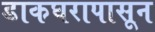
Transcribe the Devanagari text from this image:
डाकघरापासून